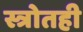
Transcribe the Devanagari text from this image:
स्त्रोतही